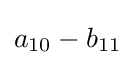
a_{10}-b_{11}